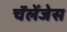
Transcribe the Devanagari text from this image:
चॅलेंजेस